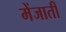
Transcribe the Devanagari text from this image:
मेंजाती